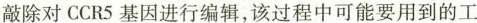
敲除对CCR5基因进行编辑，该过程中可能要用到的工